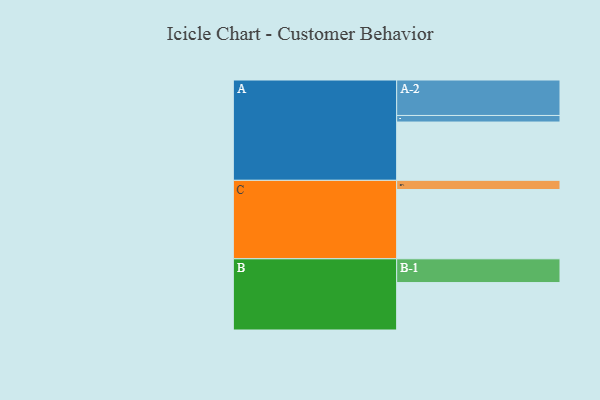
{"axis": {"x": "Segment", "y": "Value"}, "legend": ["", "A", "B", "C"], "data": [{"x": "A", "y": 488, "type": ""}, {"x": "B", "y": 397, "type": ""}, {"x": "C", "y": 580, "type": ""}, {"x": "A-1", "y": 55, "type": "A"}, {"x": "A-2", "y": 297, "type": "A"}, {"x": "B-1", "y": 199, "type": "B"}, {"x": "C-1", "y": 77, "type": "C"}]}